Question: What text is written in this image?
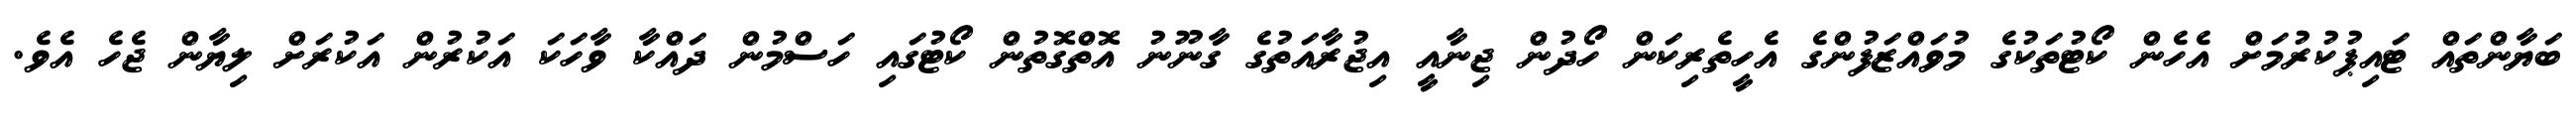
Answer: ބަޔާންތައް ޓައިޕުކުރުމަށް އެހެން ކޯޓުތަކުގެ މުވައްޒަފުންގެ އެހީތެރިކަން ހޯދުން ޖިނާއީ އިޖުރާއަތުގެ ގާނޫނު އޮތްގޮތުން ކޯޓުގައި ހަސްމުން ދައްކާ ވާހަކަ އަކުރުން އަކުރަށް ލިޔާން ޖެހެ އެވެ.